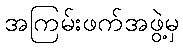
အကြမ်းဖက်အဖွဲ့မှ